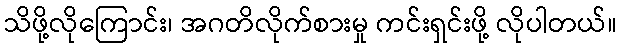
သိဖို့လိုကြောင်း၊ အဂတိလိုက်စားမှု ကင်းရှင်းဖို့ လိုပါတယ်။